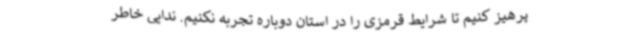
پرهیز کنیم تا شرایط قرمزی را در استان دوباره تجربه نکنیم. ندایی خاطر